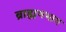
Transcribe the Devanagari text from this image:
ब्राह्मणभाग